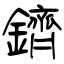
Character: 鑇